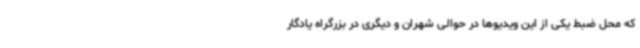
که محل ضبط یکی از این ویدیوها در حوالی شهران و دیگری در بزرگراه یادگار